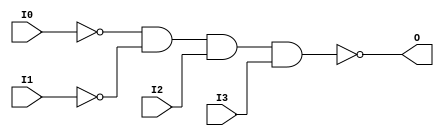
module NAND4B2 (O, I0, I1, I2, I3);

    output O;

    input  I0, I1, I2, I3;

    wire i0_inv;
    wire i1_inv;

    not N1 (i1_inv, I1);
    not N0 (i0_inv, I0);
    nand A1 (O, i0_inv, i1_inv, I2, I3);


endmodule